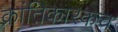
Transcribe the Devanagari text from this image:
क्रांतिकारकच